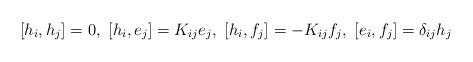
LaTeX: \begin{align*}{[}h_i, h_j{]}=0,~{[}h_i, e_j{]}=K_{ij}e_j,~{[}h_i, f_j{]}=-K_{ij}f_j,~{[}e_i, f_j{]}=\delta_{ij}h_j\end{align*}